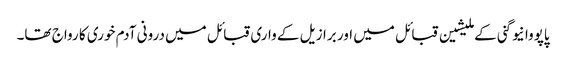
پاپووا نیو گنی کے ملیشین قبائل میں اور برازیل کے واری قبائل میں درونی آدم خوری کا رواج تھا۔